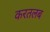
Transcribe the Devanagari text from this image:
करतलब